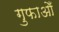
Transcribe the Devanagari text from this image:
गुफाओँ